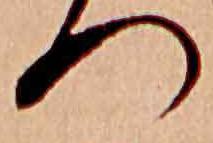
つ